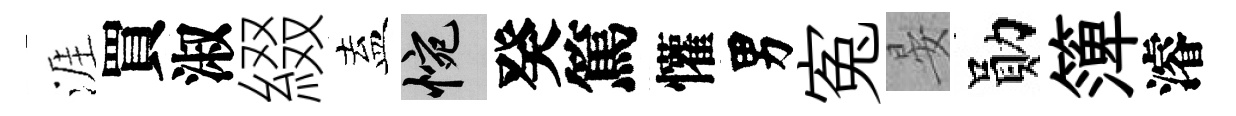
涯買淑綴盍惋癸篤懽男寃晏勛𥱼濬